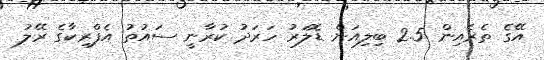
އޭގެ ތެރެއިން 2.5 ބިލިއަން ޑޮލަރު ހަރަދު ކުރާނީ ސައުތު އެފްރިކާގެ ރޭލު